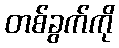
တစ်ခွက်ကို